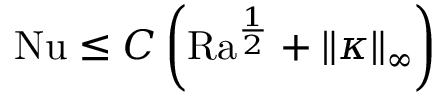
\begin{array} { r } { \mathrm { { N u } } \leq C \left( \mathrm { { R a } } ^ { \frac { 1 } { 2 } } + \| \kappa \| _ { \infty } \right) } \end{array}